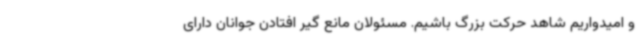
و امیدواریم شاهد حرکت بزرگ باشیم. مسئولان مانع گیر افتادن جوانان دارای